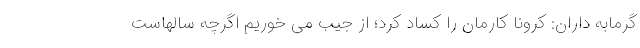
گرمابه‌ داران: کرونا کارمان را کساد کرد؛ از جیب می خوریم اگرچه سالهاست